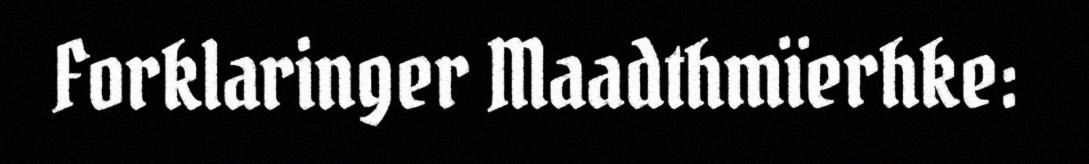
Forklaringer Maadthmïerhke: